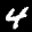
Digit: 4